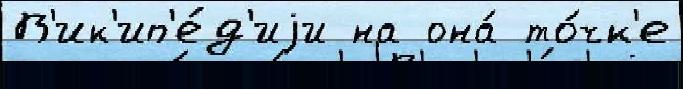
В'ик'ип'е́д'иjи на она́ то́чк'е